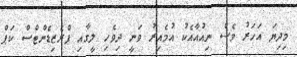
މިދިޔަ އަހަރު ވެސް ނިއުއާއެކު އުމެއިރު ވަނީ ދިވެހި ލީގާއި ޕްރެޒިޑެންޓްްސް ކަޕް